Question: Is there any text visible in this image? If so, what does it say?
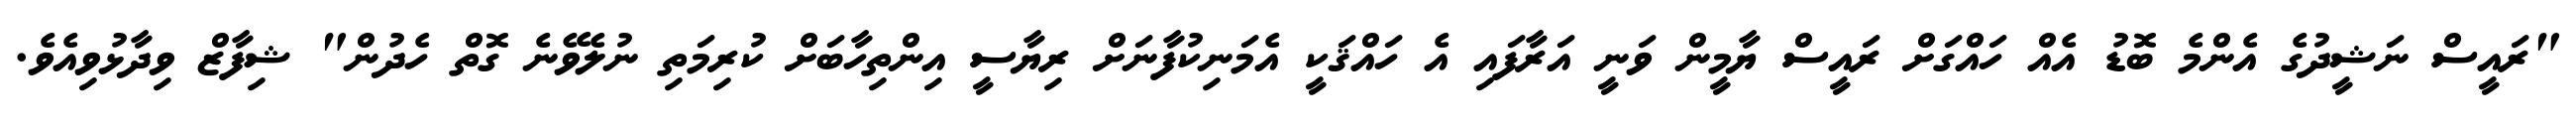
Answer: "ރައީސް ނަޝީދުގެ އެންމެ ބޮޑު އެއް ހައްގަށް ރައީސް ޔާމީން ވަނީ އަރާފައި އެ ހައްޤަކީ އެމަނިކުފާނަށް ރިޔާސީ އިންތިހާބަށް ކުރިމަތި ނުލެވޭނެ ގޮތް ހެދުން" ޝިފާޒް ވިދާޅުވިއެވެ.